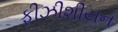
ફીઝીશીયન